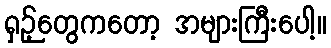
ရှဉ့်တွေကတော့ အများကြီးပေါ့။